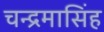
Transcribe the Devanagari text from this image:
चन्द्रमासिंह